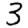
Digit: 3